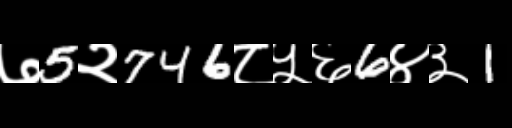
Text: ७5२746८५६6४३1